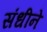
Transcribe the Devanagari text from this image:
संधीने